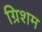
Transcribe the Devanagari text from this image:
ग्रिशम